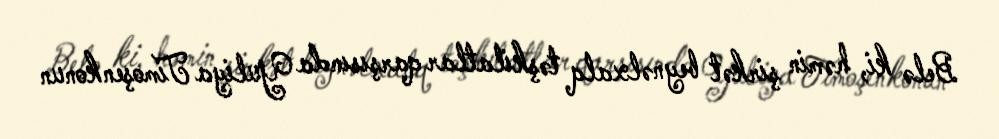
Belə ki, həmin şirkət beynəlxalq təşkilatlar qarşısında Yuliya Timoşenkonun